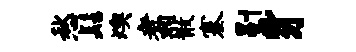
愁髻燠翥散塞剔豸